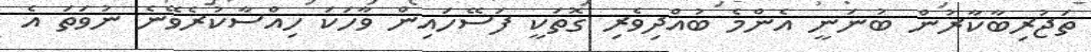
ތަޖުރިބާކާރުން ބުނަނީ އެންމެ ބުއްދިވެރި ގޮތަކީ ފަސޭހައިން ވާހަކަ ހިއްސާކުރެވޭނެ ނުވަތަ އެ